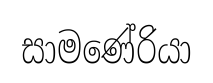
සාමණේරියා